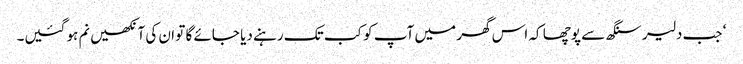
‘ جب دلیر سنگھ سے پوچھا کہ اس گھر میں آپ کو کب تک رہنے دیا جائے گا تو ان کی آنکھیں نم ہو گئیں۔